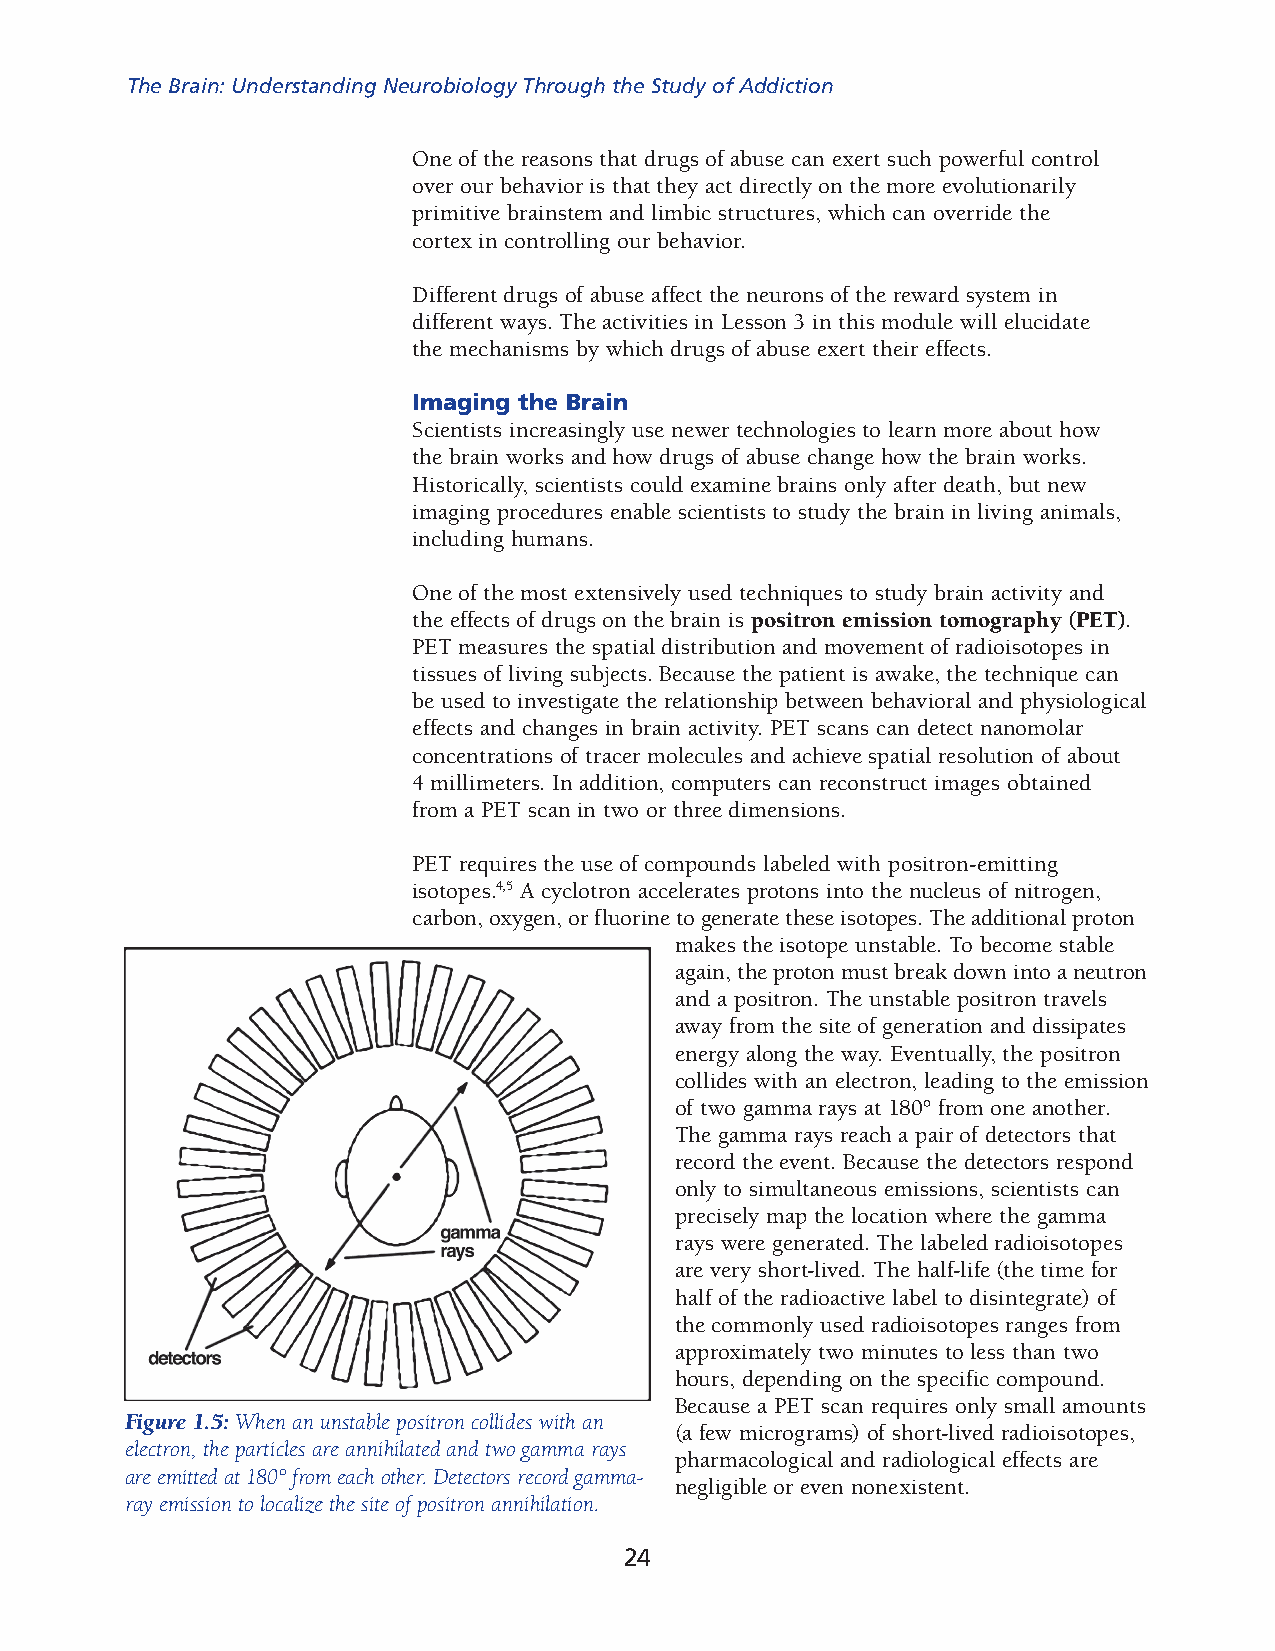
The Brain: Understanding Neurobiology Through the Study of Addiction
 One of the reasons that drugs of abuse can exert such powerful control
 over our behavior is that they act directly on the more evolutionarily
 primitive brainstem and limbic structures, which can override the
 cortex in controlling our behavior.
 Different drugs of abuse affect the neurons of the reward system in
 different ways. The activities in Lesson 3 in this module will elucidate
 the mechanisms by which drugs of abuse exert their effects.
 Imaging the Brain
 Scientists increasingly use newer technologies to learn more about how
 the brain works and how drugs of abuse change how the brain works.
 Historically, scientists could examine brains only after death, but new
 imaging procedures enable scientists to study the brain in living animals,
 including humans.
 One of the most extensively used techniques to study brain activity and
 the effects of drugs on the brain is positron emission tomography (PET).
 PET mea sures the spatial distribution and movement of radioisotopes in
 tissues of living subjects. Because the patient is awake, the technique can
 be used to investigate the relationship between behavioral and physiological
 effects and changes in brain activity. PET scans can detect nanomolar
 concentrations of tracer mole cules and achieve spatial resolution of about
 4 millimeters. In addition, comput ers can reconstruct images obtained
 from a PET scan in two or three dimensions.
 PET requires the use of compounds labeled with positron-emitting
 isot opes.4,5 A cyclotron accelerates protons into the nucleus of nitrogen,
 carbon, oxygen, or fluorine to generate these isotopes. The additional proton
 makes the isotope unstable. To become stable
 again, the proton must break down into a neutron
 and a positron. The unstable positron travels
 away from the site of generation and dissipates
 energy along the way. Eventually, the positron
 coll ides with an electron, leading to the emission
 of two gamma rays at 180° from one another.
 The gamma rays reach a pair of detectors that
 record the event. Because the detectors respond
 only to simultaneous emiss ions, scientists can
 precisely map the location where the gamma
 rays were generated. The labeled radioisotopes
 are very short-lived. The half-life (the time for
 half of the radioactive label to disintegrate) of
 the commonly used radioisotopes ranges from
 approximately two minutes to less than two
 hours, depending on the specific compound.
 Because a PET scan requires only small amounts
 Figure 1.5: When an unstable positron collides with an
 (a few micrograms) of short-lived radioisotopes,
 electron, the particles are annihilated and two gamma rays
 pharmacological and radiological effects are
 are emitted at 180° from each other. Detectors record gamma-
 negligible or even nonexistent.
 ray emission to localize the site of positron annihilation.
 24